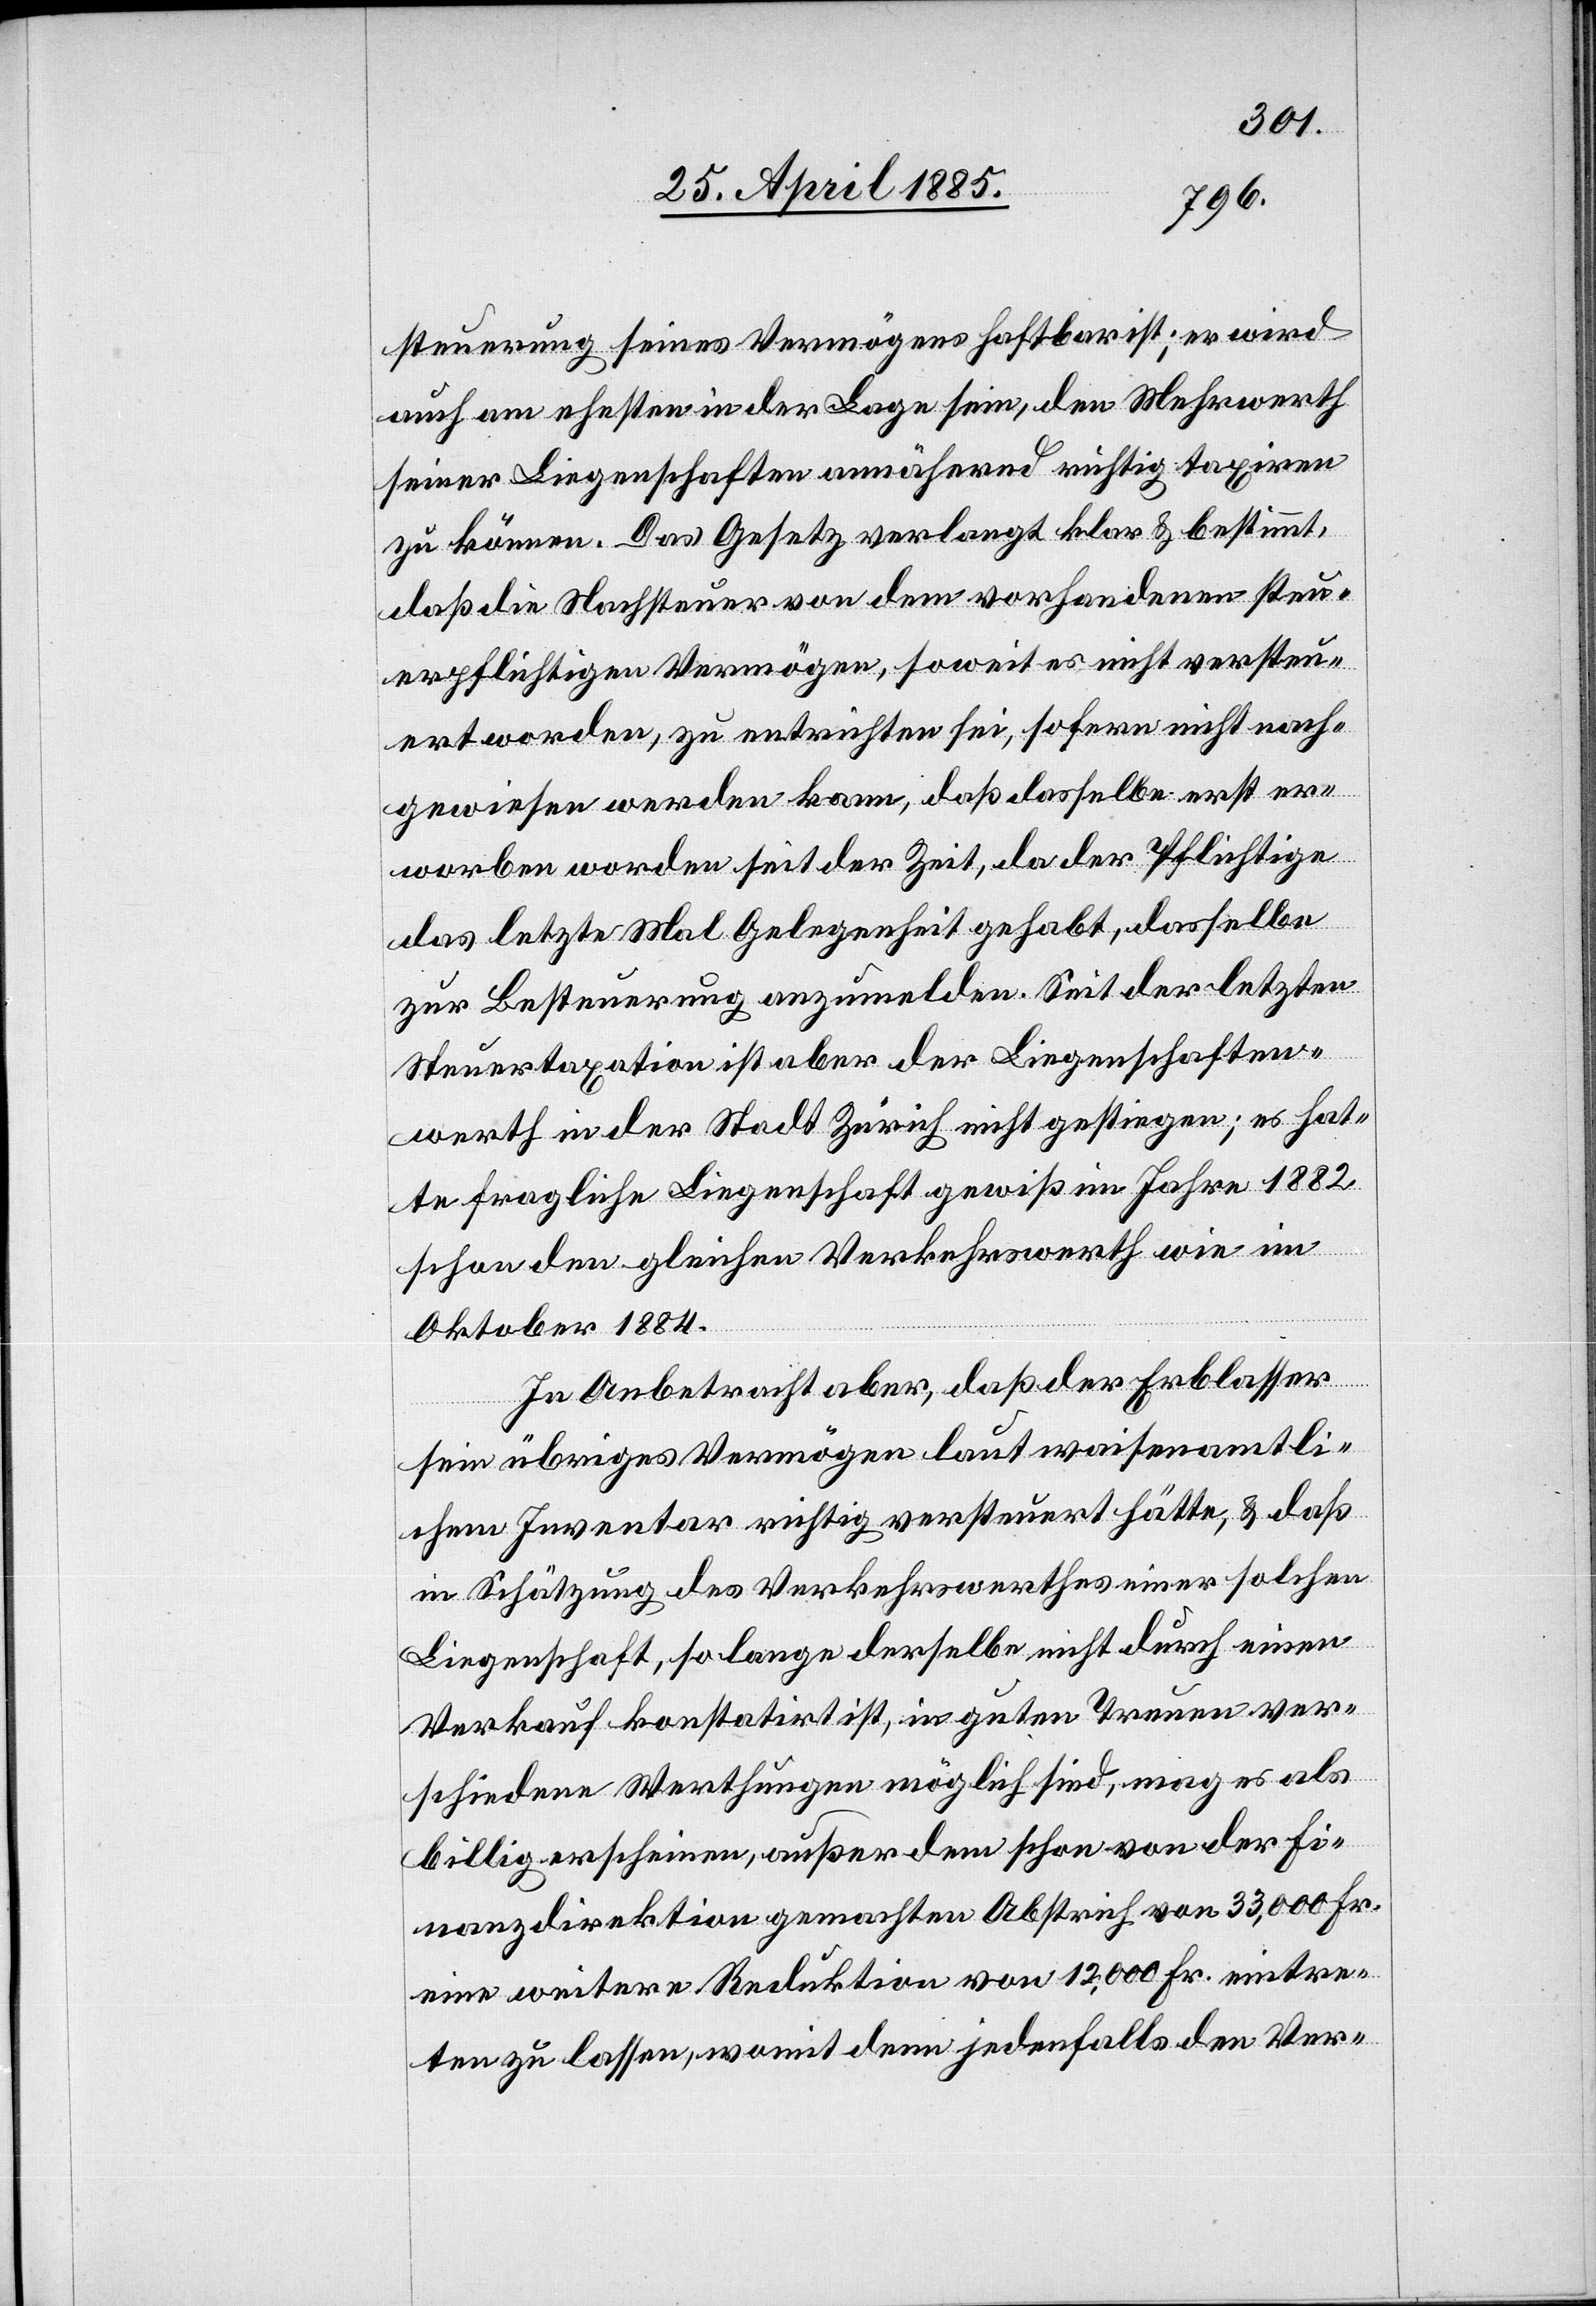
steuerung seines Vermögens haftbar ist; er wird
auch am ehesten in der Lage sein, den Mehrwerth
seiner Liegenschaften annähernd richtig taxiren
zu können. Das Gesetz verlangt klar & bestimmt,
daß die Nachsteuer von dem vorhandenen steu¬
erpflichtigen Vermögen, soweit es nicht versteu¬
ert worden, zu entrichten sei, sofern nicht nach¬
gewiesen werden kann, daß dasselbe erst er¬
worben worden seit der Zeit, da der Pflichtige
das letzte Mal Gelegenheit gehabt, dasselbe
zur Besteuerung anzumelden. Seit der letzten
Steuertaxation ist aber der Liegenschaften¬
werth in der Stadt Zürich nicht gestiegen; es hat¬
te fragliche Liegenschaft gewiß im Jahre 1882
schon den gleichen Verkehrswerth wie im
Oktober 1884.
In Anbetracht aber, daß der Erblasser
sein übriges Vermögen laut waisenamtli¬
chem Inventar richtig versteuert hätte, & daß
in Schätzung des Verkehrswerthes einer solchen
Liegenschaft, so lange derselbe nicht durch einen
Verkauf konstatirt ist, in guten Treuen ver¬
schiedene Werthungen möglich sind, mag es als
billig erscheinen, außer dem schon von der Fi¬
nanzdirektion gemachten Abstrich von 33,000 Fr.
eine weitere Reduktion von 12,000 Fr. eintre¬
ten zu lassen, womit denn jedenfalls den Ver-